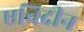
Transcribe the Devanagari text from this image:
एबिदीन